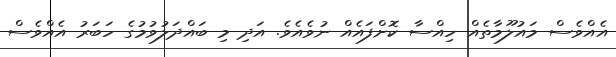
އެއްވެސް މައުލޫމާތެއް ހިއްސާ ކޮށްފައެއް ނުވެއެވެ. އަދި މި ބައްދަލުވުމުގެ ހަބަރު އެއްވެސް